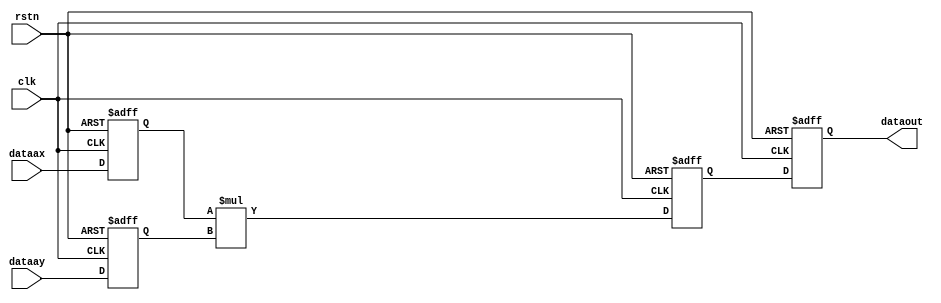
module mult18x18d (dataout, dataax, dataay, clk, rstn);
	output [35:0] dataout;
	input [17:0] dataax, dataay;
	input clk,rstn;
	reg [35:0] dataout;
	reg [17:0] dataax_reg, dataay_reg;
	wire [35:0] dataout_node;
	reg [35:0] dataout_reg;
	always @(posedge clk or negedge rstn)
	begin
		if (!rstn)
		begin
			dataax_reg <= 0;
			dataay_reg <= 0;
		end
		else
		begin
			dataax_reg <= dataax;
			dataay_reg <= dataay;
		end
	end
	assign dataout_node = dataax_reg * dataay_reg;
	always @(posedge clk or negedge rstn)
	begin
		if (!rstn)
			dataout_reg <= 0;
		else
			dataout_reg <= dataout_node;
		end
	always @(posedge clk or negedge rstn)
	begin
		if (!rstn)
			dataout <= 0;
		else
			dataout <= dataout_reg;
	end
endmodule